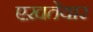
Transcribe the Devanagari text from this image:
एख़तेयार